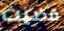
قضيت